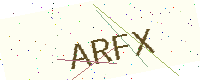
Text: ARFX